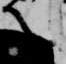
言